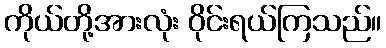
ကိုယ်တို့အားလုံး ဝိုင်းရယ်ကြသည်။